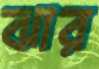
ঝার